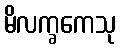
မိလက္ခကေသု